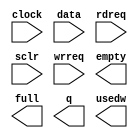
// megafunction wizard: %FIFO%VBB%
// GENERATION: STANDARD
// VERSION: WM1.0
// MODULE: scfifo 

// ============================================================
// Megafunction Name(s):
// 			scfifo
//
// Simulation Library Files(s):
// 			altera_mf
// ============================================================
// ************************************************************
// THIS IS A WIZARD-GENERATED FILE. DO NOT EDIT THIS FILE!
//
// 18.1.0 Build 625 09/12/2018 SJ Lite Edition
// ************************************************************

//Copyright (C) 2018  Intel Corporation. All rights reserved.
//Your use of Intel Corporation's design tools, logic functions 
//and other software and tools, and its AMPP partner logic 
//functions, and any output files from any of the foregoing 
//(including device programming or simulation files), and any 
//associated documentation or information are expressly subject 
//to the terms and conditions of the Intel Program License 
//Subscription Agreement, the Intel Quartus Prime License Agreement,
//the Intel FPGA IP License Agreement, or other applicable license
//agreement, including, without limitation, that your use is for
//the sole purpose of programming logic devices manufactured by
//Intel and sold by Intel or its authorized distributors.  Please
//refer to the applicable agreement for further details.

module FIFO (
	clock,
	data,
	rdreq,
	sclr,
	wrreq,
	empty,
	full,
	q,
	usedw);

	input	  clock;
	input	[15:0]  data;
	input	  rdreq;
	input	  sclr;
	input	  wrreq;
	output	  empty;
	output	  full;
	output	[15:0]  q;
	output	[16:0]  usedw;

endmodule

// ============================================================
// CNX file retrieval info
// ============================================================
// Retrieval info: PRIVATE: AlmostEmpty NUMERIC "0"
// Retrieval info: PRIVATE: AlmostEmptyThr NUMERIC "-1"
// Retrieval info: PRIVATE: AlmostFull NUMERIC "0"
// Retrieval info: PRIVATE: AlmostFullThr NUMERIC "0"
// Retrieval info: PRIVATE: CLOCKS_ARE_SYNCHRONIZED NUMERIC "0"
// Retrieval info: PRIVATE: Clock NUMERIC "0"
// Retrieval info: PRIVATE: Depth NUMERIC "131072"
// Retrieval info: PRIVATE: Empty NUMERIC "1"
// Retrieval info: PRIVATE: Full NUMERIC "1"
// Retrieval info: PRIVATE: INTENDED_DEVICE_FAMILY STRING "Cyclone V"
// Retrieval info: PRIVATE: LE_BasedFIFO NUMERIC "0"
// Retrieval info: PRIVATE: LegacyRREQ NUMERIC "1"
// Retrieval info: PRIVATE: MAX_DEPTH_BY_9 NUMERIC "0"
// Retrieval info: PRIVATE: OVERFLOW_CHECKING NUMERIC "0"
// Retrieval info: PRIVATE: Optimize NUMERIC "1"
// Retrieval info: PRIVATE: RAM_BLOCK_TYPE NUMERIC "0"
// Retrieval info: PRIVATE: SYNTH_WRAPPER_GEN_POSTFIX STRING "0"
// Retrieval info: PRIVATE: UNDERFLOW_CHECKING NUMERIC "0"
// Retrieval info: PRIVATE: UsedW NUMERIC "1"
// Retrieval info: PRIVATE: Width NUMERIC "16"
// Retrieval info: PRIVATE: dc_aclr NUMERIC "0"
// Retrieval info: PRIVATE: diff_widths NUMERIC "0"
// Retrieval info: PRIVATE: msb_usedw NUMERIC "0"
// Retrieval info: PRIVATE: output_width NUMERIC "16"
// Retrieval info: PRIVATE: rsEmpty NUMERIC "1"
// Retrieval info: PRIVATE: rsFull NUMERIC "0"
// Retrieval info: PRIVATE: rsUsedW NUMERIC "0"
// Retrieval info: PRIVATE: sc_aclr NUMERIC "0"
// Retrieval info: PRIVATE: sc_sclr NUMERIC "1"
// Retrieval info: PRIVATE: wsEmpty NUMERIC "0"
// Retrieval info: PRIVATE: wsFull NUMERIC "1"
// Retrieval info: PRIVATE: wsUsedW NUMERIC "0"
// Retrieval info: LIBRARY: altera_mf altera_mf.altera_mf_components.all
// Retrieval info: CONSTANT: ADD_RAM_OUTPUT_REGISTER STRING "ON"
// Retrieval info: CONSTANT: INTENDED_DEVICE_FAMILY STRING "Cyclone V"
// Retrieval info: CONSTANT: LPM_NUMWORDS NUMERIC "131072"
// Retrieval info: CONSTANT: LPM_SHOWAHEAD STRING "OFF"
// Retrieval info: CONSTANT: LPM_TYPE STRING "scfifo"
// Retrieval info: CONSTANT: LPM_WIDTH NUMERIC "16"
// Retrieval info: CONSTANT: LPM_WIDTHU NUMERIC "17"
// Retrieval info: CONSTANT: OVERFLOW_CHECKING STRING "ON"
// Retrieval info: CONSTANT: UNDERFLOW_CHECKING STRING "ON"
// Retrieval info: CONSTANT: USE_EAB STRING "ON"
// Retrieval info: USED_PORT: clock 0 0 0 0 INPUT NODEFVAL "clock"
// Retrieval info: USED_PORT: data 0 0 16 0 INPUT NODEFVAL "data[15..0]"
// Retrieval info: USED_PORT: empty 0 0 0 0 OUTPUT NODEFVAL "empty"
// Retrieval info: USED_PORT: full 0 0 0 0 OUTPUT NODEFVAL "full"
// Retrieval info: USED_PORT: q 0 0 16 0 OUTPUT NODEFVAL "q[15..0]"
// Retrieval info: USED_PORT: rdreq 0 0 0 0 INPUT NODEFVAL "rdreq"
// Retrieval info: USED_PORT: sclr 0 0 0 0 INPUT NODEFVAL "sclr"
// Retrieval info: USED_PORT: usedw 0 0 17 0 OUTPUT NODEFVAL "usedw[16..0]"
// Retrieval info: USED_PORT: wrreq 0 0 0 0 INPUT NODEFVAL "wrreq"
// Retrieval info: CONNECT: @clock 0 0 0 0 clock 0 0 0 0
// Retrieval info: CONNECT: @data 0 0 16 0 data 0 0 16 0
// Retrieval info: CONNECT: @rdreq 0 0 0 0 rdreq 0 0 0 0
// Retrieval info: CONNECT: @sclr 0 0 0 0 sclr 0 0 0 0
// Retrieval info: CONNECT: @wrreq 0 0 0 0 wrreq 0 0 0 0
// Retrieval info: CONNECT: empty 0 0 0 0 @empty 0 0 0 0
// Retrieval info: CONNECT: full 0 0 0 0 @full 0 0 0 0
// Retrieval info: CONNECT: q 0 0 16 0 @q 0 0 16 0
// Retrieval info: CONNECT: usedw 0 0 17 0 @usedw 0 0 17 0
// Retrieval info: GEN_FILE: TYPE_NORMAL FIFO.v TRUE
// Retrieval info: GEN_FILE: TYPE_NORMAL FIFO.inc FALSE
// Retrieval info: GEN_FILE: TYPE_NORMAL FIFO.cmp FALSE
// Retrieval info: GEN_FILE: TYPE_NORMAL FIFO.bsf TRUE
// Retrieval info: GEN_FILE: TYPE_NORMAL FIFO_inst.v FALSE
// Retrieval info: GEN_FILE: TYPE_NORMAL FIFO_bb.v TRUE
// Retrieval info: LIB_FILE: altera_mf